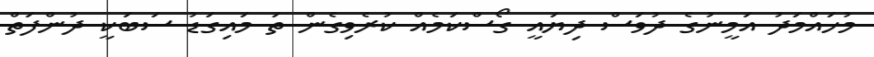
މުހައްމަދު އަމީނުގެ ދުވަސް ދިޔައީ ގޯސްކަމެއް ކުރެވިގެން ތަ މައިގަޑު ސަބަކީ ދުންފަތް